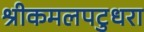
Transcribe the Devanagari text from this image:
श्रीकमलपटुधरा